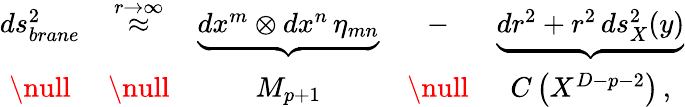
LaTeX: \begin{array}{ccccc}{{ds_{brane}^{2}}}&{{\stackrel{r\to\infty}{\approx}}}&{{\underbrace{dx^{m}\otimes dx^{n}\, \eta_{mn}}}}&{{-}}&{{\underbrace{dr^{2}+r^{2}\, ds_{X}^{2}(y)}}}\\ {{\null}}&{{\null}}&{{M_{p+1}}}&{{\null}}&{{C\left(X^{D-p-2}\right)\, ,}}\end{array}